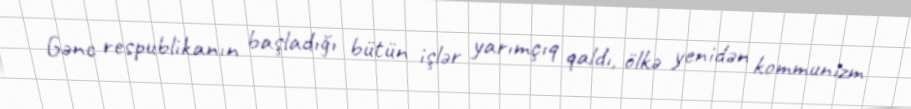
Gənc respublikanın başladığı bütün işlər yarımçıq qaldı, ölkə yenidən kommunizm